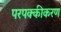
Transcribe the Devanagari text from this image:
परपक्कीकरण